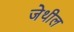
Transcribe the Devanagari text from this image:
जेथील